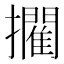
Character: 𭣉